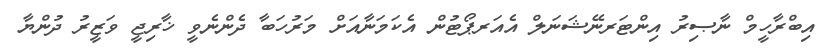
އިބްރާހީމް ނާޞިރު އިންޓަރނޭޝަނަލް އެއަރޕޯޓުން އެކަމަނާއަށް މަރުހަބާ ދެންނެވީ ޚާރިޖީ ވަޒީރު ދުންޔާ